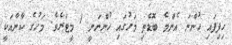
ހިފިފައި ހުންނަ އެންމެ ބޮޑެތި މަހުގައި ހުންނަނީ 1 މީޓަރެވެ. މަހުގެ ކާނާއަކީ